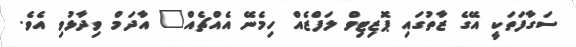
ސަގާފަތަކީ އޭގެ ޒާތުގައި ޕޮޒިޓިވް ލަފްޒެއް ހިމެނޭ އެއްޗެއް" އާދަމް ވިދާޅުވި އެވެ.